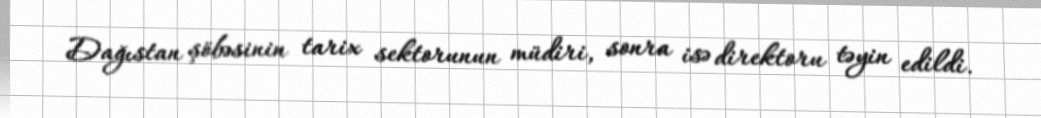
Dağıstan şöbəsinin tarix sektorunun müdiri, sonra isə direktoru təyin edildi.